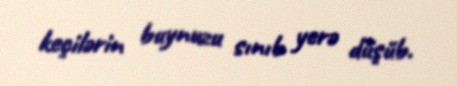
keçilərin buynuzu sınıb yerə düşüb.